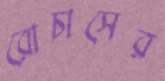
রোচাসের